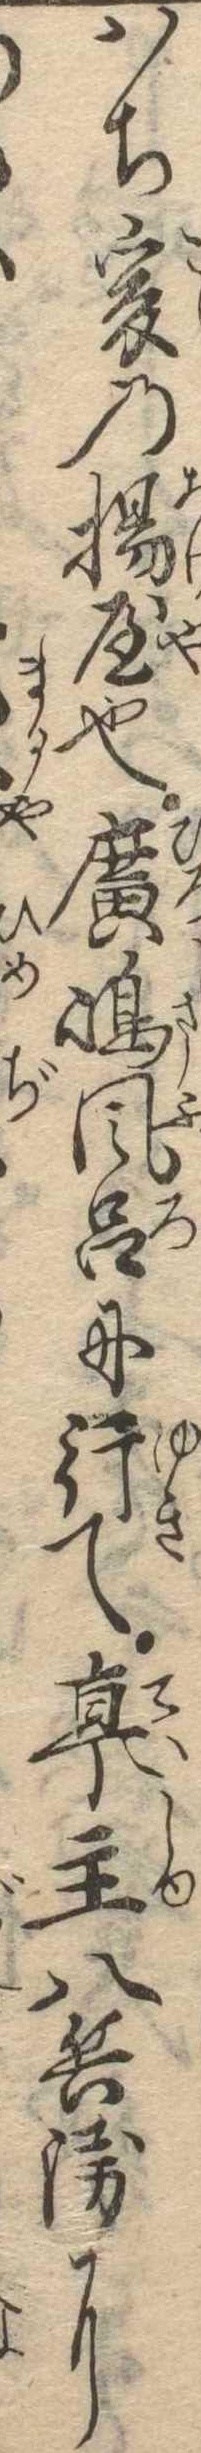
はち爰の揚屋也広島風呂に行て亭主八兵衛に